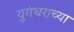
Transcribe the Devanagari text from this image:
युगंधराच्या